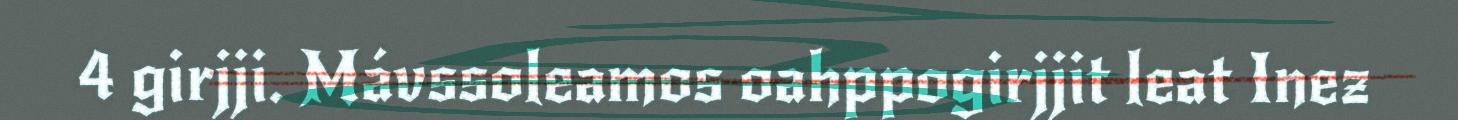
4 girjji. Mávssoleamos oahppogirjjit leat Inez